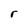
Character: r